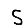
Digit: 5